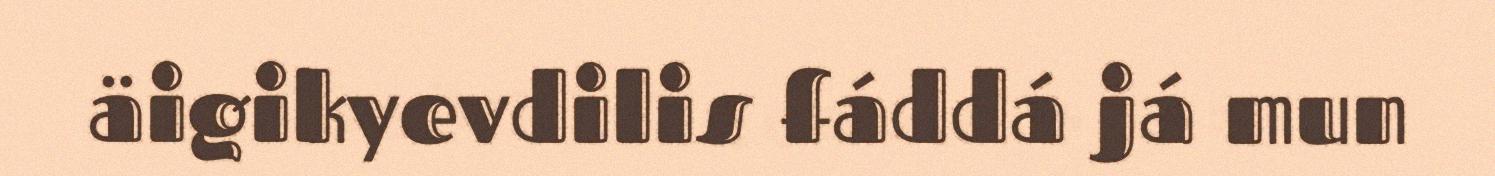
äigikyevdilis fáddá já mun